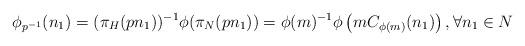
LaTeX: \begin{align*}\phi_{p^{-1}} (n_1)= (\pi_H (pn_1))^{-1} \phi( \pi_N (pn _1))= \phi(m)^{-1} \phi \left( m C_{\phi (m)}(n_1) \right), \forall n_1\in N\end{align*}